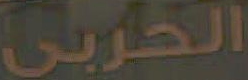
الحربي